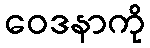
ဝေဒနာကို